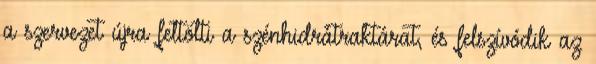
a szervezet újra feltölti a szénhidrátraktárat, és felszívódik az